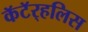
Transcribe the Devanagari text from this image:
कॅटॅर्‍हलिस